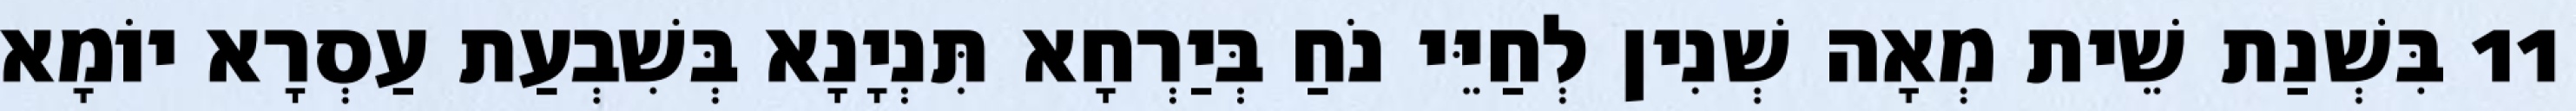
11 בִּשְׁנַת שֵׁית מְאָה שְׁנִין לְחַיֵּי נֹחַ בְּיַרְחָא תִּנְיָנָא בְּשִׁבְעַת עַסְרָא יוֹמָא